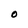
Character: O